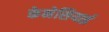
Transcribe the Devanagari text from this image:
केनेसियाई